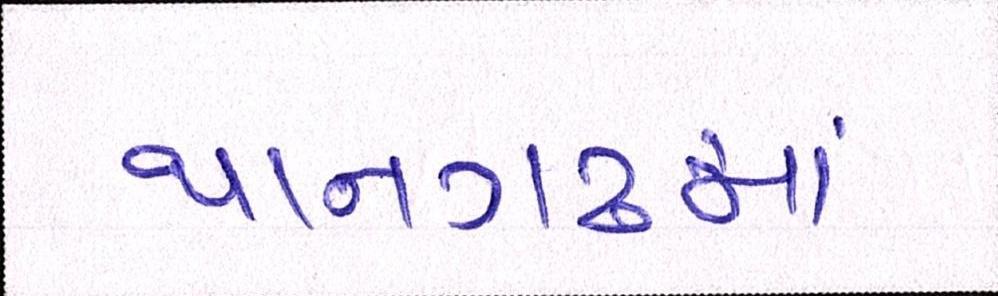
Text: થાનગઢમાં